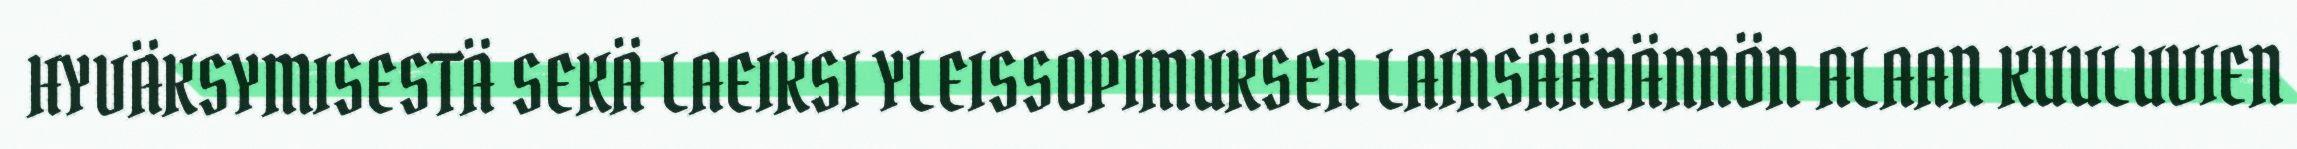
HYVÄKSYMISESTÄ SEKÄ LAEIKSI YLEISSOPIMUKSEN LAINSÄÄDÄNNÖN ALAAN KUULUVIEN